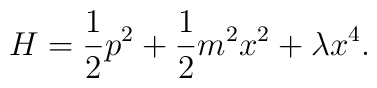
H=\frac{1}{2} p^2+\frac{1}{2} m^2 x^2+\lambda x^4.